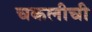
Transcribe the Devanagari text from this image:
चकलीची